Subject: cs
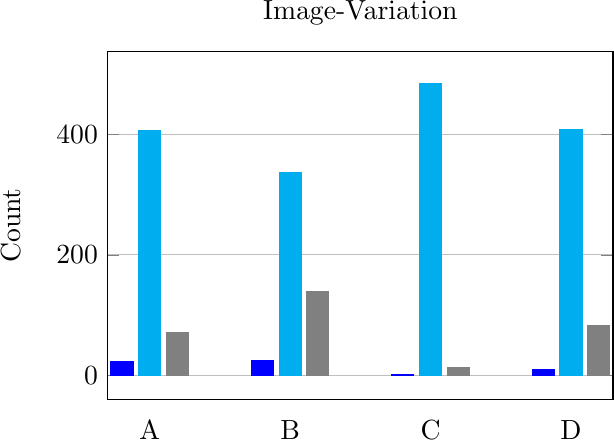
LaTeX code:
        \begin{tikzpicture}
            \begin{axis}[
                major x tick style = transparent,
                ybar,
                bar width=8pt,
                ymajorgrids = true,
                width=8cm,height=6cm,
                title=Image-Variation,
                ylabel = Count,
                symbolic x coords={A,B,C,D},
                xtick = data,
                scaled y ticks = false,
                ymin = -40,
            ]
                \addplot[style={blue,fill=blue,mark=none}]
                    coordinates {(A,23) (B,25) (C,2) (D,10)};

                \addplot[style={cyan,fill=cyan,mark=none}]
                    coordinates {(A,406) (B,336) (C,485) (D,408)};

                \addplot[style={gray,fill=gray,mark=none}]
                    coordinates {(A,71) (B,139) (C,13) (D,82)};
                \end{axis}
        \end{tikzpicture}